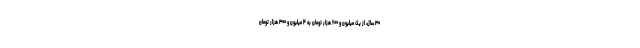
۳۰ سال، از یک میلیون و ۶۰۰ هزار تومان به ۴ میلیون و ۳۰۰ هزار تومان